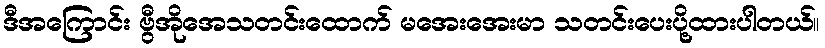
ဒီအကြောင်း ဗွီအိုအေသတင်းထောက် မအေးအေးမာ သတင်းပေးပို့ထားပါတယ်။